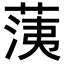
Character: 𦳂